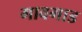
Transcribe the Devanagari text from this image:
गावगाड